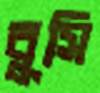
বুসি